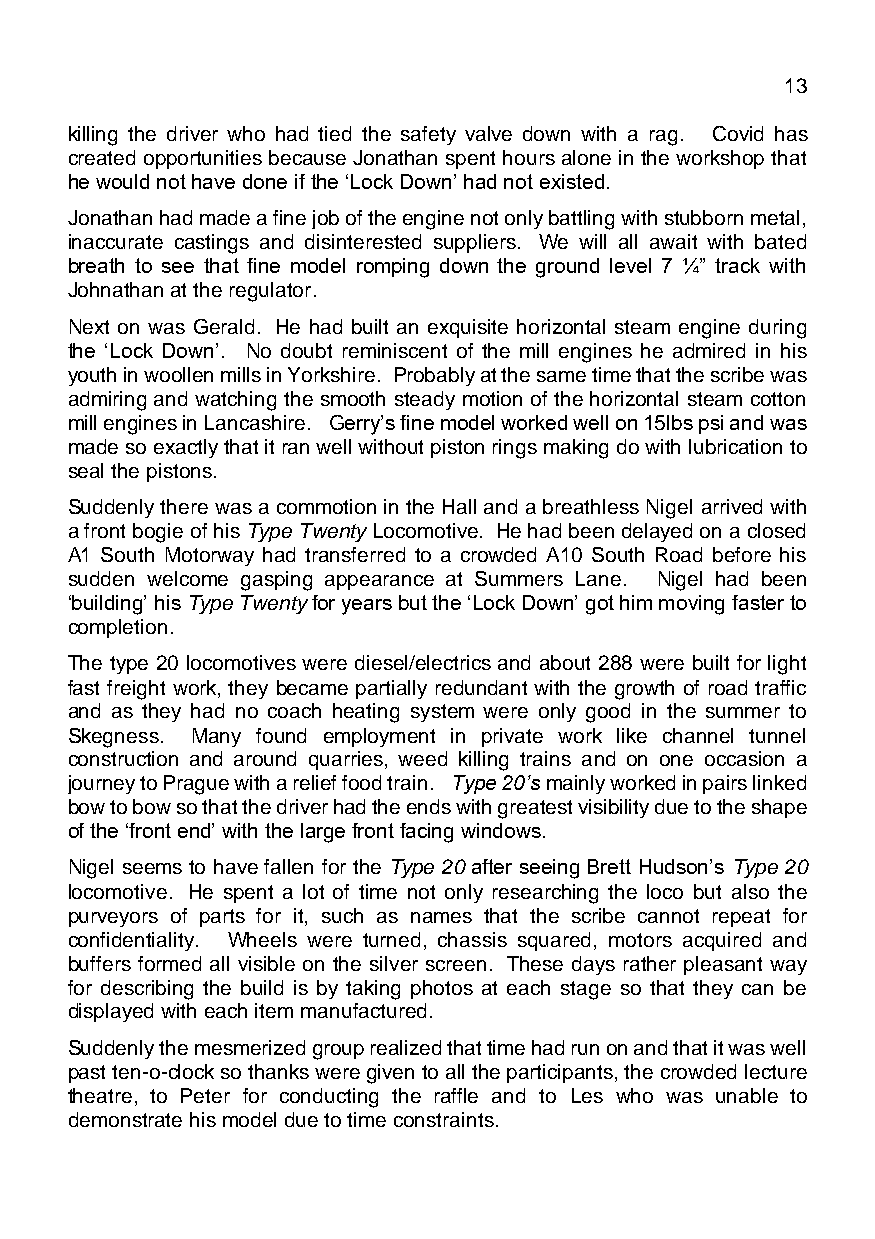
March 2021                                  Page 13
 killing the driver who had tied the safety valve down with a rag. Covid has
 created opportunities because Jonathan spent hours alone in the workshop that
 he would not have done if the ‘Lock Down’ had not existed.
 Jonathan had made a fine job of the engine not only battling with stubborn metal,
 inaccurate castings and disinterested suppliers. We will all await with bated
 breath to see that fine model romping down the ground level 7 ¼” track with
 Johnathan at the regulator.
 Next on was Gerald. He had built an exquisite horizontal steam engine during
 the ‘Lock Down’. No doubt reminiscent of the mill engines he admired in his
 youth in woollen mills in Yorkshire. Probably at the same time that the scribe was
 admiring and watching the smooth steady motion of the horizontal steam cotton
 mill engines in Lancashire. Gerry’s fine model worked well on 15lbs psi and was
 made so exactly that it ran well without piston rings making do with lubrication to
 seal the pistons.
 Suddenly there was a commotion in the Hall and a breathless Nigel arrived with
 a front bogie of his Type Twenty Locomotive. He had been delayed on a closed
 A1 South Motorway had transferred to a crowded A10 South Road before his
 sudden welcome gasping appearance at Summers Lane. Nigel had been
 ‘building’ his Type Twenty for years but the ‘Lock Down’ got him moving faster to
 completion.
 The type 20 locomotives were diesel/electrics and about 288 were built for light
 fast freight work, they became partially redundant with the growth of road traffic
 and as they had no coach heating system were only good in the summer to
 Skegness. Many found employment in private work like channel tunnel
 construction and around quarries, weed killing trains and on one occasion a
 journey to Prague with a relief food train. Type 20’s mainly worked in pairs linked
 bow to bow so that the driver had the ends with greatest visibility due to the shape
 of the ‘front end’ with the large front facing windows.
 Nigel seems to have fallen for the Type 20 after seeing Brett Hudson’s Type 20
 locomotive. He spent a lot of time not only researching the loco but also the
 purveyors of parts for it, such as names that the scribe cannot repeat for
 confidentiality. Wheels were turned, chassis squared, motors acquired and
 buffers formed all visible on the silver screen. These days rather pleasant way
 for describing the build is by taking photos at each stage so that they can be
 displayed with each item manufactured.
 Suddenly the mesmerized group realized that time had run on and that it was well
 past ten-o-clock so thanks were given to all the participants, the crowded lecture
 theatre, to Peter for conducting the raffle and to Les who was unable to
 demonstrate his model due to time constraints.